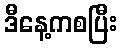
ဒီနေ့ကစပြီး